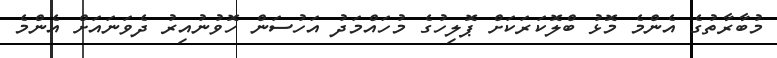
މުބާރާތުގެ އެންމެ މޮޅު ބްލޮކަރަކަށް ޕޮލިހުގެ މުހައްމަދު އަހުސަން ހޮވުނުއިރު ދެވަނައަށް އެންމެ